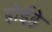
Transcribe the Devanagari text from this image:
होईहे